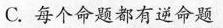
C.每个命题都有逆命题